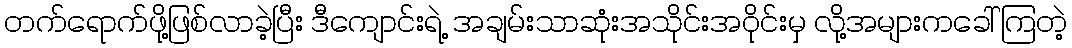
တက်ရောက်ဖို့ဖြစ်လာခဲ့ပြီး ဒီကျောင်းရဲ့ အချမ်းသာဆုံးအသိုင်းအဝိုင်းမှ လို့အများကခေါ်ကြတဲ့